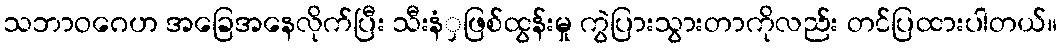
သဘာဝဂေဟ အခြေအနေလိုက်ပြီး သီးနံှဖြစ်ထွန်းမှု ကွဲပြားသွားတာကိုလည်း တင်ပြထားပါတယ်။